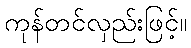
ကုန်တင်လှည်းဖြင့်။